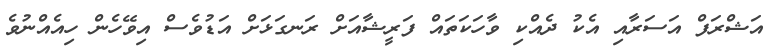
އަޝްރަފް އަސަރާއި އެކު ދެއްކި ވާހަކަތައް ފަރީޝާއަށް ރަނގަޅަށް އަޑުވެސް އިވޭހެން ހިއެއްނުވެ